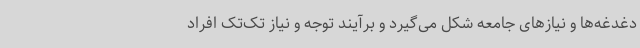
دغدغه‌ها و نیازهای جامعه شکل می‌گیرد و برآیند توجه و نیاز تک‌تک افراد